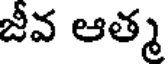
జీవ ఆత్మ